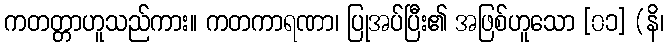
ကတတ္တာဟူသည်ကား။ ကတကာရဏာ၊ ပြုအပ်ပြီး၏ အဖြစ်ဟူသော [၀၁] (နိ၊